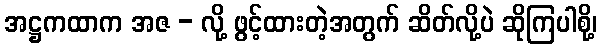
အဋ္ဌကထာက အဇ - လို့ ဖွင့်ထားတဲ့အတွက် ဆိတ်လို့ပဲ ဆိုကြပါစို့၊